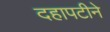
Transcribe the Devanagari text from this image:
दहापटीने